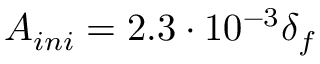
A _ { i n i } = 2 . 3 \cdot 1 0 ^ { - 3 } \delta _ { f }